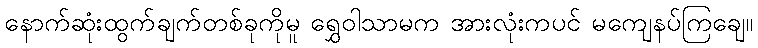
နောက်ဆုံးထွက်ချက်တစ်ခုကိုမူ ရွှေဝါသာမက အားလုံးကပင် မကျေနပ်ကြချေ။